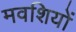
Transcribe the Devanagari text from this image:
मवशियों